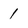
Character: 1